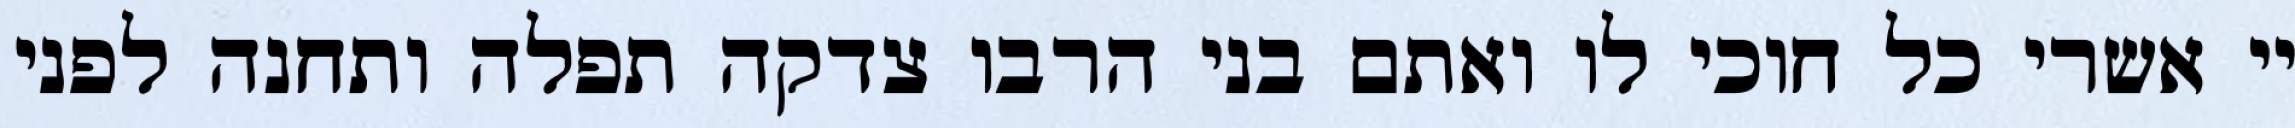
יי אשרי כל חוכי לו ואתם בני הרבו צדקה תפלה ותחנה לפני